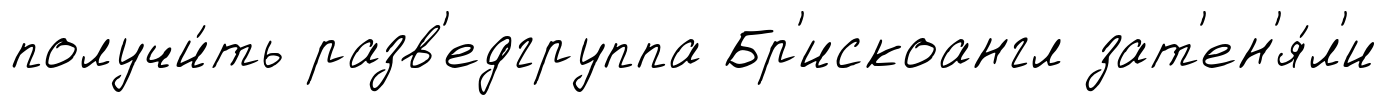
получи́ть разв'едгруппа Бр'искоангл зат'ен'я́л'и